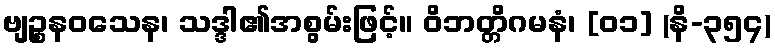
ဗျဉ္စနဝသေန၊ သဒ္ဒါ၏အစွမ်းဖြင့်။ ဝိဘတ္တိဂမနံ၊ [၀၁] (နိ-၃၅၄)